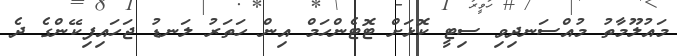
މައުލޫމާތު މުއްސަނދިވި ސިޓީ ކޮޅަށް ޓޮޓެންހަމް އިން ހަތަރު ލަނޑު ޖަހައިފިކޭންގެ ދެ